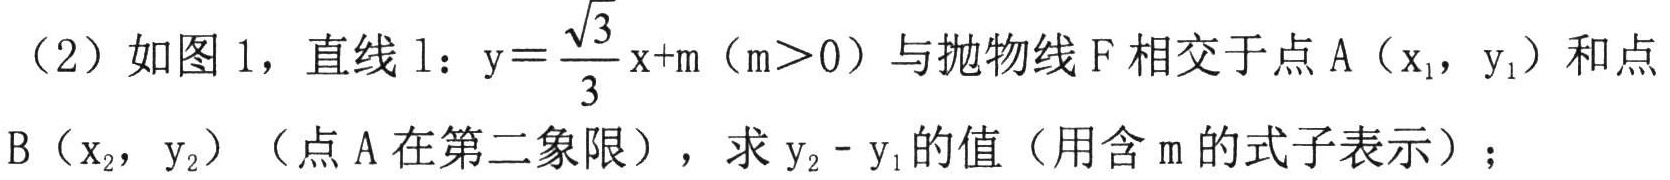
（2）如图 1，直线 \(l:y = \frac{\sqrt{3}}{3}x + m(m>0)\) 与抛物线 \(F\) 相交于点 \(A(x_1,y_1)\) 和点 \(B(x_2,y_2)\)（点 \(A\) 在第二象限），求 \(y_2 - y_1\) 的值（用含 \(m\) 的式子表示）；